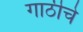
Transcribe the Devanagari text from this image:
गाठीचे